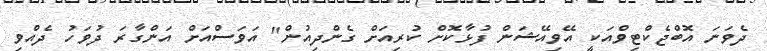
ދެވަނަ އޮބްޖެކްޓިވްއަކީ އޭވިއޭޝަން ފުޅާކޮށް ކުރިއަށް ގެންދިއުން" އަވަސްއަށް އަންގާރަ ދުވަހު ދެއްވި